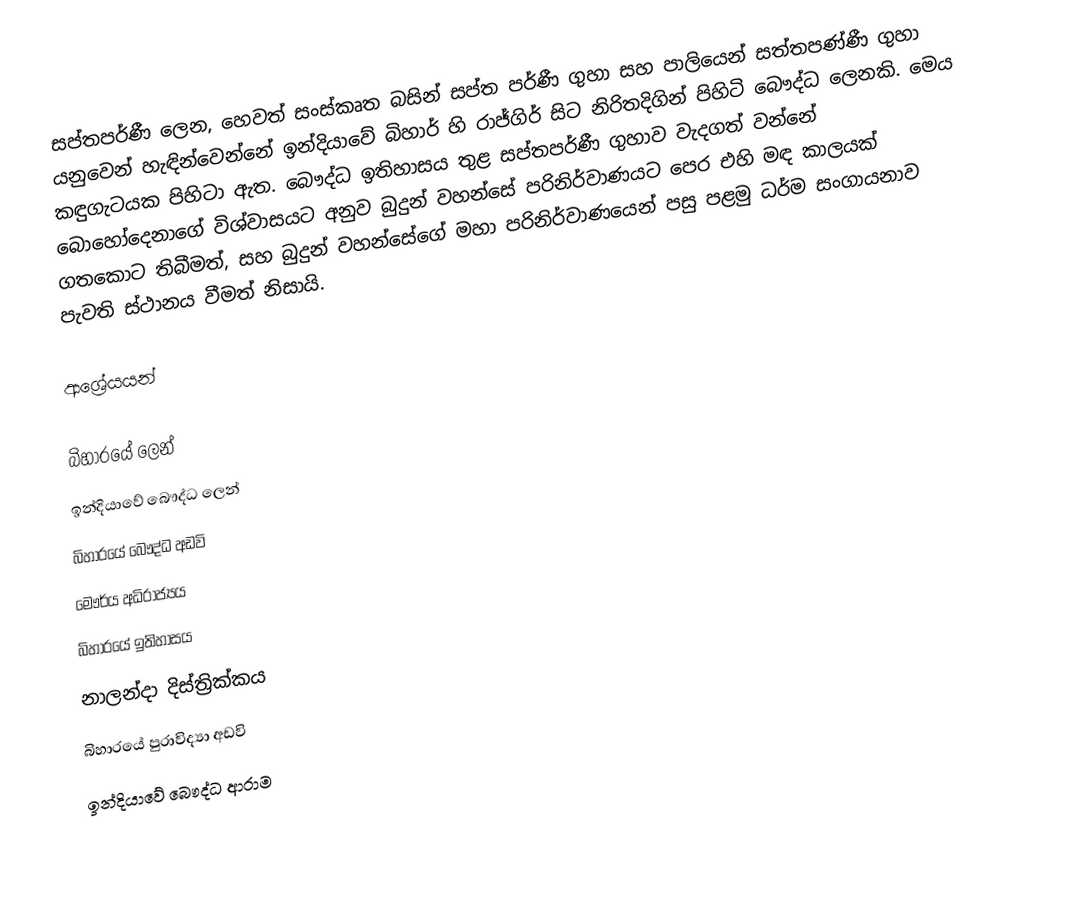
සප්තපර්ණී ලෙන, හෙවත් සංස්කෘත බසින් සප්ත පර්ණී ගුහා සහ පාලියෙන් සත්තපණ්ණී ගුහා යනුවෙන් හැඳින්වෙන්නේ ඉන්දියාවේ බිහාර් හි රාජ්ගිර් සිට  නිරිතදිගින් පිහිටි බෞද්ධ ලෙනකි. මෙය කඳුගැටයක පිහිටා ඇත. බෞද්ධ ඉතිහාසය තුළ සප්තපර්ණී ගුහාව වැදගත් වන්නේ බොහෝදෙනාගේ විශ්වාසයට අනුව බුදුන් වහන්සේ පරිනිර්වාණයට පෙර එහි මඳ කාලයක් ගතකොට තිබීමත්, සහ බුදුන් වහන්සේගේ මහා පරිනිර්වාණයෙන් පසු පළමු ධර්ම සංගායනාව පැවති ස්ථානය වීමත් නිසායි.

ආශ්‍රේයයන්

බිහාරයේ ලෙන්
ඉන්දියාවේ බෞද්ධ ලෙන්
බිහාරයේ බෞද්ධ අඩවි
මෞර්ය අධිරාජ්‍යය
බිහාරයේ ඉතිහාසය
නාලන්දා දිස්ත්‍රික්කය
බිහාරයේ පුරාවිද්‍යා අඩවි
ඉන්දියාවේ බෞද්ධ ආරාම